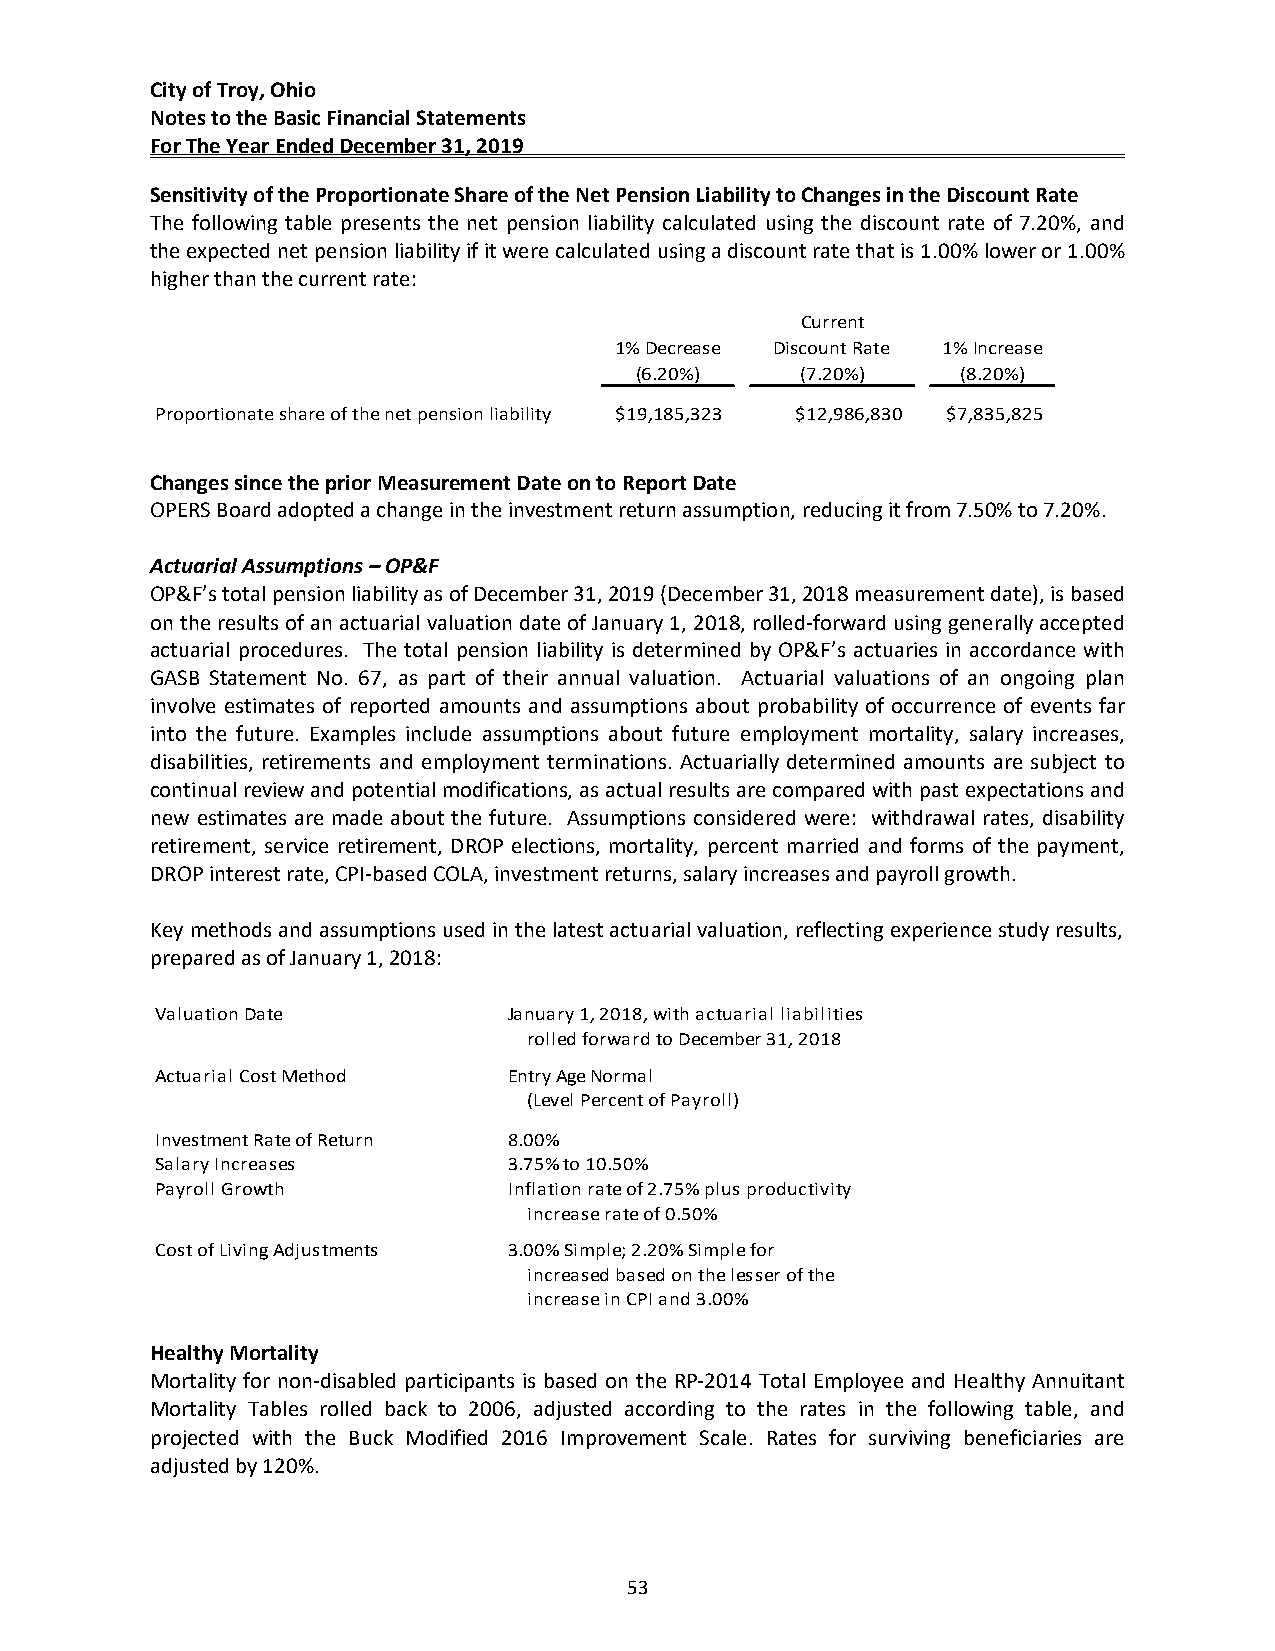
City of Troy, Ohio
 Notes to the Basic Financial Statements
 For The Year Ended December 31, 2019
 Sensitivity of the Proportionate Share of the Net Pension Liability to Changes in the Discount Rate
 The following table presents the net pension liability calculated using the discount rate of 7.20%, and
 the expected net pension liability if it were calculated using a discount rate that is 1.00% lower or 1.00%
 higher than the current rate:
 Current
 1% Decrease Discount Rate 1% Increase
 (6.20%)    (7.20%)    (8.20%)
 Proportionate share of the net pension liability $19,185,323 $12,986,830 $7,835,825
 Changes since the prior Measurement Date on to Report Date
 OPERS Board adopted a change in the investment return assumption, reducing it from 7.50% to 7.20%.
 Actuarial Assumptions – OP&F
 OP&F’s total pension liability as of December 31, 2019 (December 31, 2018 measurement date), is based
 on the results of an actuarial valuation date of January 1, 2018, rolled‐forward using generally accepted
 actuarial procedures. The total pension liability is determined by OP&F’s actuaries in accordance with
 GASB Statement No. 67, as part of their annual valuation. Actuarial valuations of an ongoing plan
 involve estimates of reported amounts and assumptions about probability of occurrence of events far
 into the future. Examples include assumptions about future employment mortality, salary increases,
 disabilities, retirements and employment terminations. Actuarially determined amounts are subject to
 continual review and potential modifications, as actual results are compared with past expectations and
 new estimates are made about the future. Assumptions considered were: withdrawal rates, disability
 retirement, service retirement, DROP elections, mortality, percent married and forms of the payment,
 DROP interest rate, CPI‐based COLA, investment returns, salary increases and payroll growth.
 Key methods and assumptions used in the latest actuarial valuation, reflecting experience study results,
 prepared as of January 1, 2018:
 Valuation Date          January 1, 2018, with actuarial liabilities
 rolled forward to December 31, 2018
 Actuarial Cost Method   Entry Age Normal
 (Level Percent of Payroll)
 Investment Rate of Return 8.00%
 Salary Increases        3.75% to 10.50%
 Payroll Growth          Inflation rate of 2.75% plus productivity
 increase rate of 0.50%
 Cost of Living Adjustments 3.00% Simple; 2.20% Simple for
 increased based on the lesser of the
 increase in CPI and 3.00%
 Healthy Mortality
 Mortality for non‐disabled participants is based on the RP‐2014 Total Employee and Healthy Annuitant
 Mortality Tables rolled back to 2006, adjusted according to the rates in the following table, and
 projected with the Buck Modified 2016 Improvement Scale. Rates for surviving beneficiaries are
 adjusted by 120%.
 53